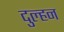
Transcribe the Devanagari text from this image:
दुल्‍हन